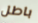
باطل